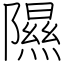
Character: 隰